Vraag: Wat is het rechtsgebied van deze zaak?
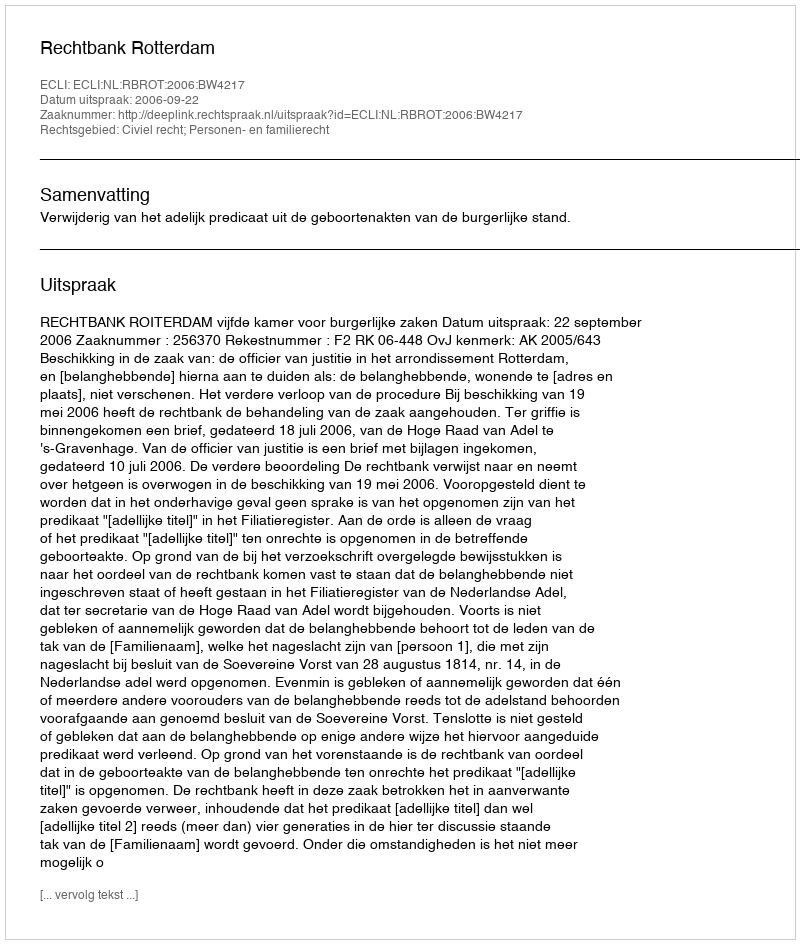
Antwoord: Civiel recht; Personen- en familierecht